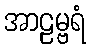
အာဠမ္ဗရံ